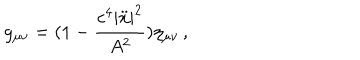
LaTeX: g _ { \mu \nu } = ( 1 - \frac { c ^ { 4 } | \ddot { x } | ^ { 2 } } { A ^ { 2 } } ) \eta _ { \mu \nu } \, { , }